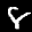
Label: 8